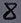
Text: 8